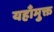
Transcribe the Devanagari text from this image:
यहाँमुक्त